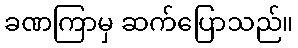
ခဏကြာမှ ဆက်ပြောသည်။